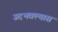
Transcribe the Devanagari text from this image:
उदभवल्यास